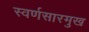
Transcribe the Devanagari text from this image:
स्वर्णसारमुख